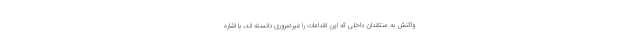
واکنش به منتقدان داخلی که این اقدامات را غیرضروری دانسته اند، با اشاره